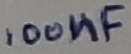
Text: 100nF